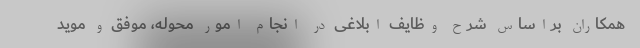
همکاران براساس شرح وظایف ابلاغی در انجام امور محوله، موفق و موید